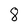
Character: 8